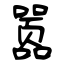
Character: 嚣